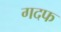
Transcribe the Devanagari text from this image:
गदफ